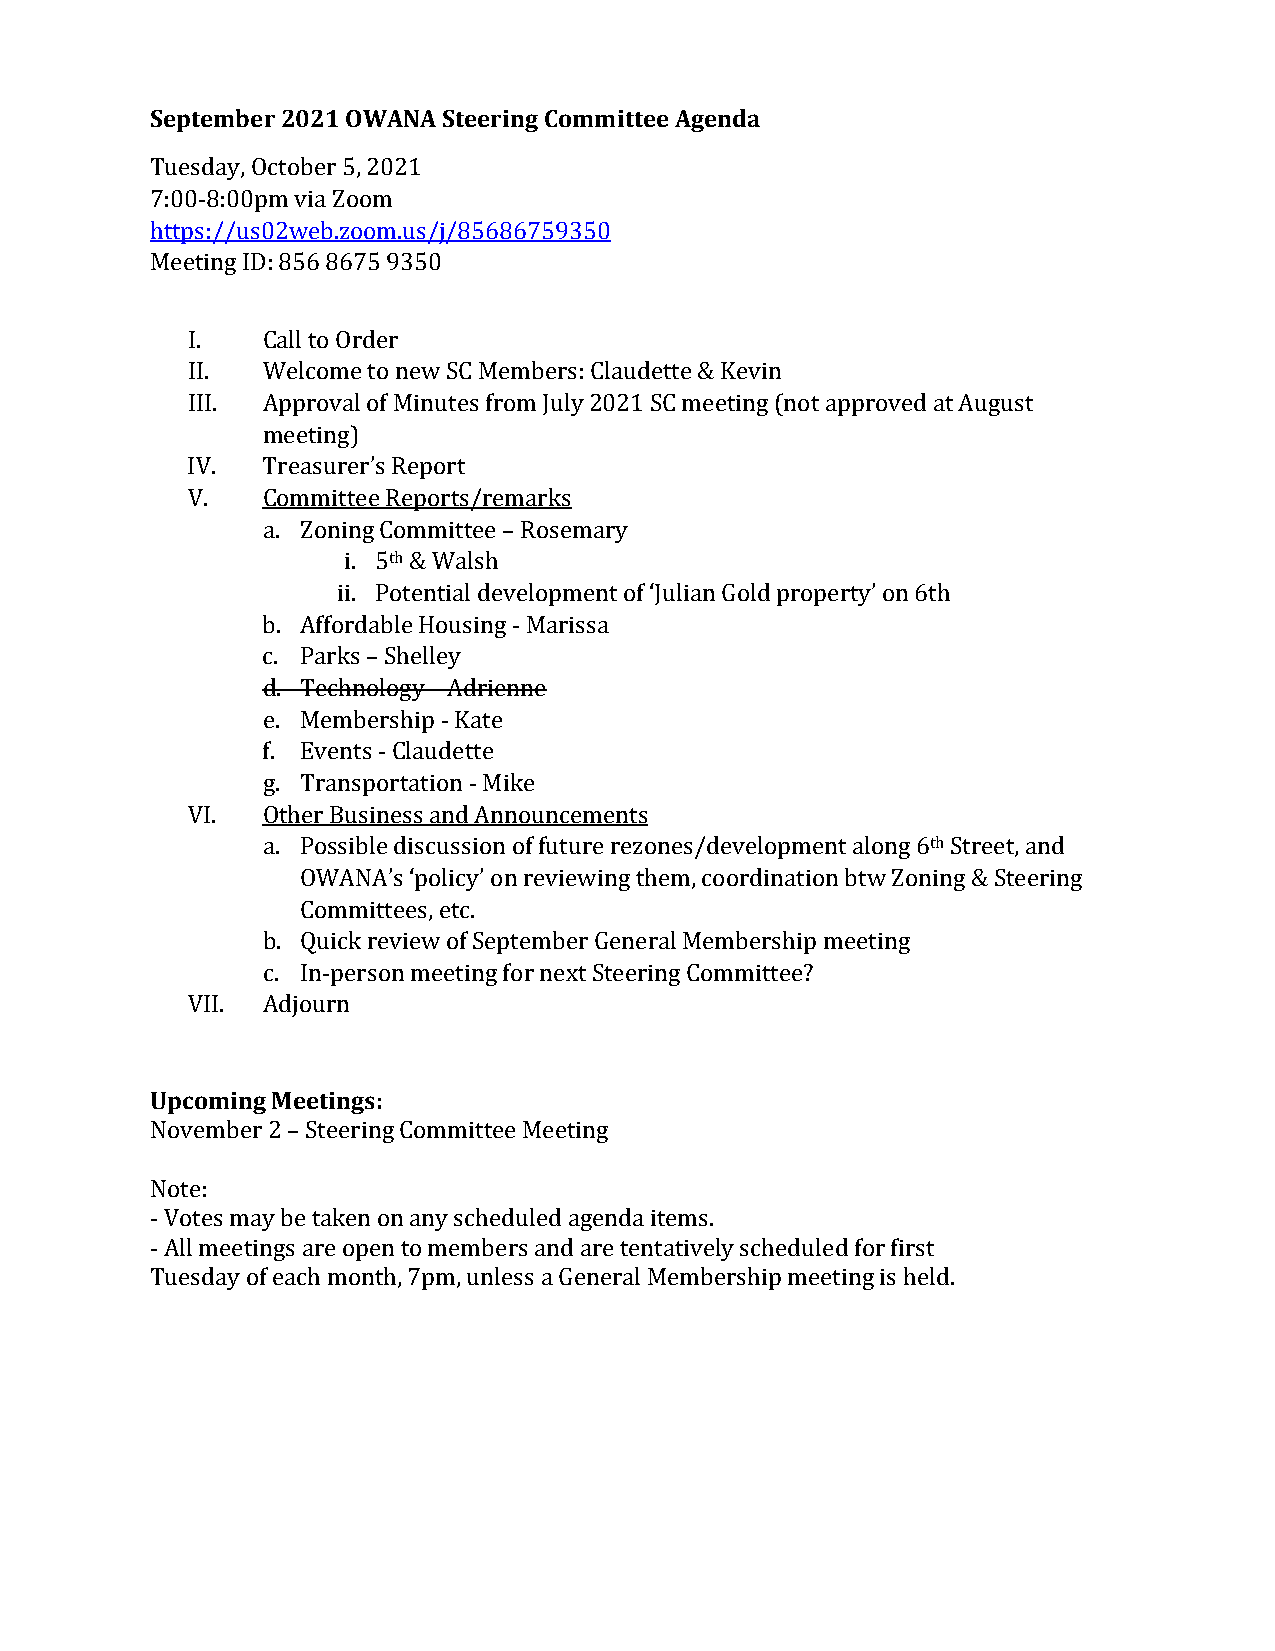
September 2021 OWANA Steering Committee Agenda
 Tuesday, October 5, 2021
 7:00-8:00pm via Zoom
 https://us02web.zoom.us/j/85686759350
 Meeting ID: 856 8675 9350
 I.   Call to Order
 II.  Welcome to new SC Members: Claudette & Kevin
 III. Approval of Minutes from July 2021 SC meeting (not approved at August
 meeting)
 IV.  Treasurer’s Report
 V.   Committee Reports/remarks
 a. Zoning Committee – Rosemary
 th
 i. 5 & Walsh
 ii. Potential development of ‘Julian Gold property’ on 6th
 b. Affordable Housing - Marissa
 c. Parks – Shelley
 d. Technology – Adrienne
 e. Membership - Kate
 f. Events - Claudette
 g. Transportation - Mike
 VI.  Other Business and Announcements
 th
 a. Possible discussion of future rezones/development along 6 Street, and
 OWANA’s ‘policy’ on reviewing them, coordination btw Zoning & Steering
 Committees, etc.
 b. Quick review of September General Membership meeting
 c. In-person meeting for next Steering Committee?
 VII. Adjourn
 Upcoming Meetings:
 November 2 – Steering Committee Meeting
 Note:
 - Votes may be taken on any scheduled agenda items.
 - All meetings are open to members and are tentatively scheduled for first
 Tuesday of each month, 7pm, unless a General Membership meeting is held.